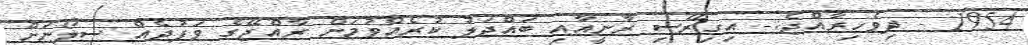
1954 - ދިވެހިރާއްޖެ:- އިގިރޭސި ރާނީއާއި ބައްދަލު ކުރެއްވުމަށް ރާއްޖޭގެ ވަފުދެއް ސިލޯނަށް